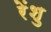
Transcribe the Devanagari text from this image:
रेंशु